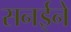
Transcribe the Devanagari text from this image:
सनईने